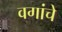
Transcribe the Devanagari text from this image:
वगांचे